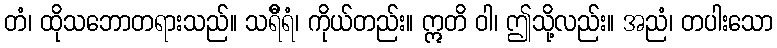
တံ၊ ထိုသဘောတရားသည်။ သရိီရံ၊ ကိုယ်တည်း။ ဣတိ ဝါ၊ ဤသို့လည်း။ အညံ၊ တပါးသော